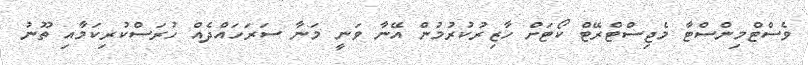
ވެސްޓްމިންސްޓާ މެޖިސްޓްރޭޓް ކޯޓަށް ހާޒިރުކުރުމުން އޭނާ ވަނީ މަނާ ސަރަހައްދެއް ހުރަސްކުރިކަމާއި ތޫނު